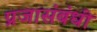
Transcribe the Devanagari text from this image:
प्रजासंबंधी